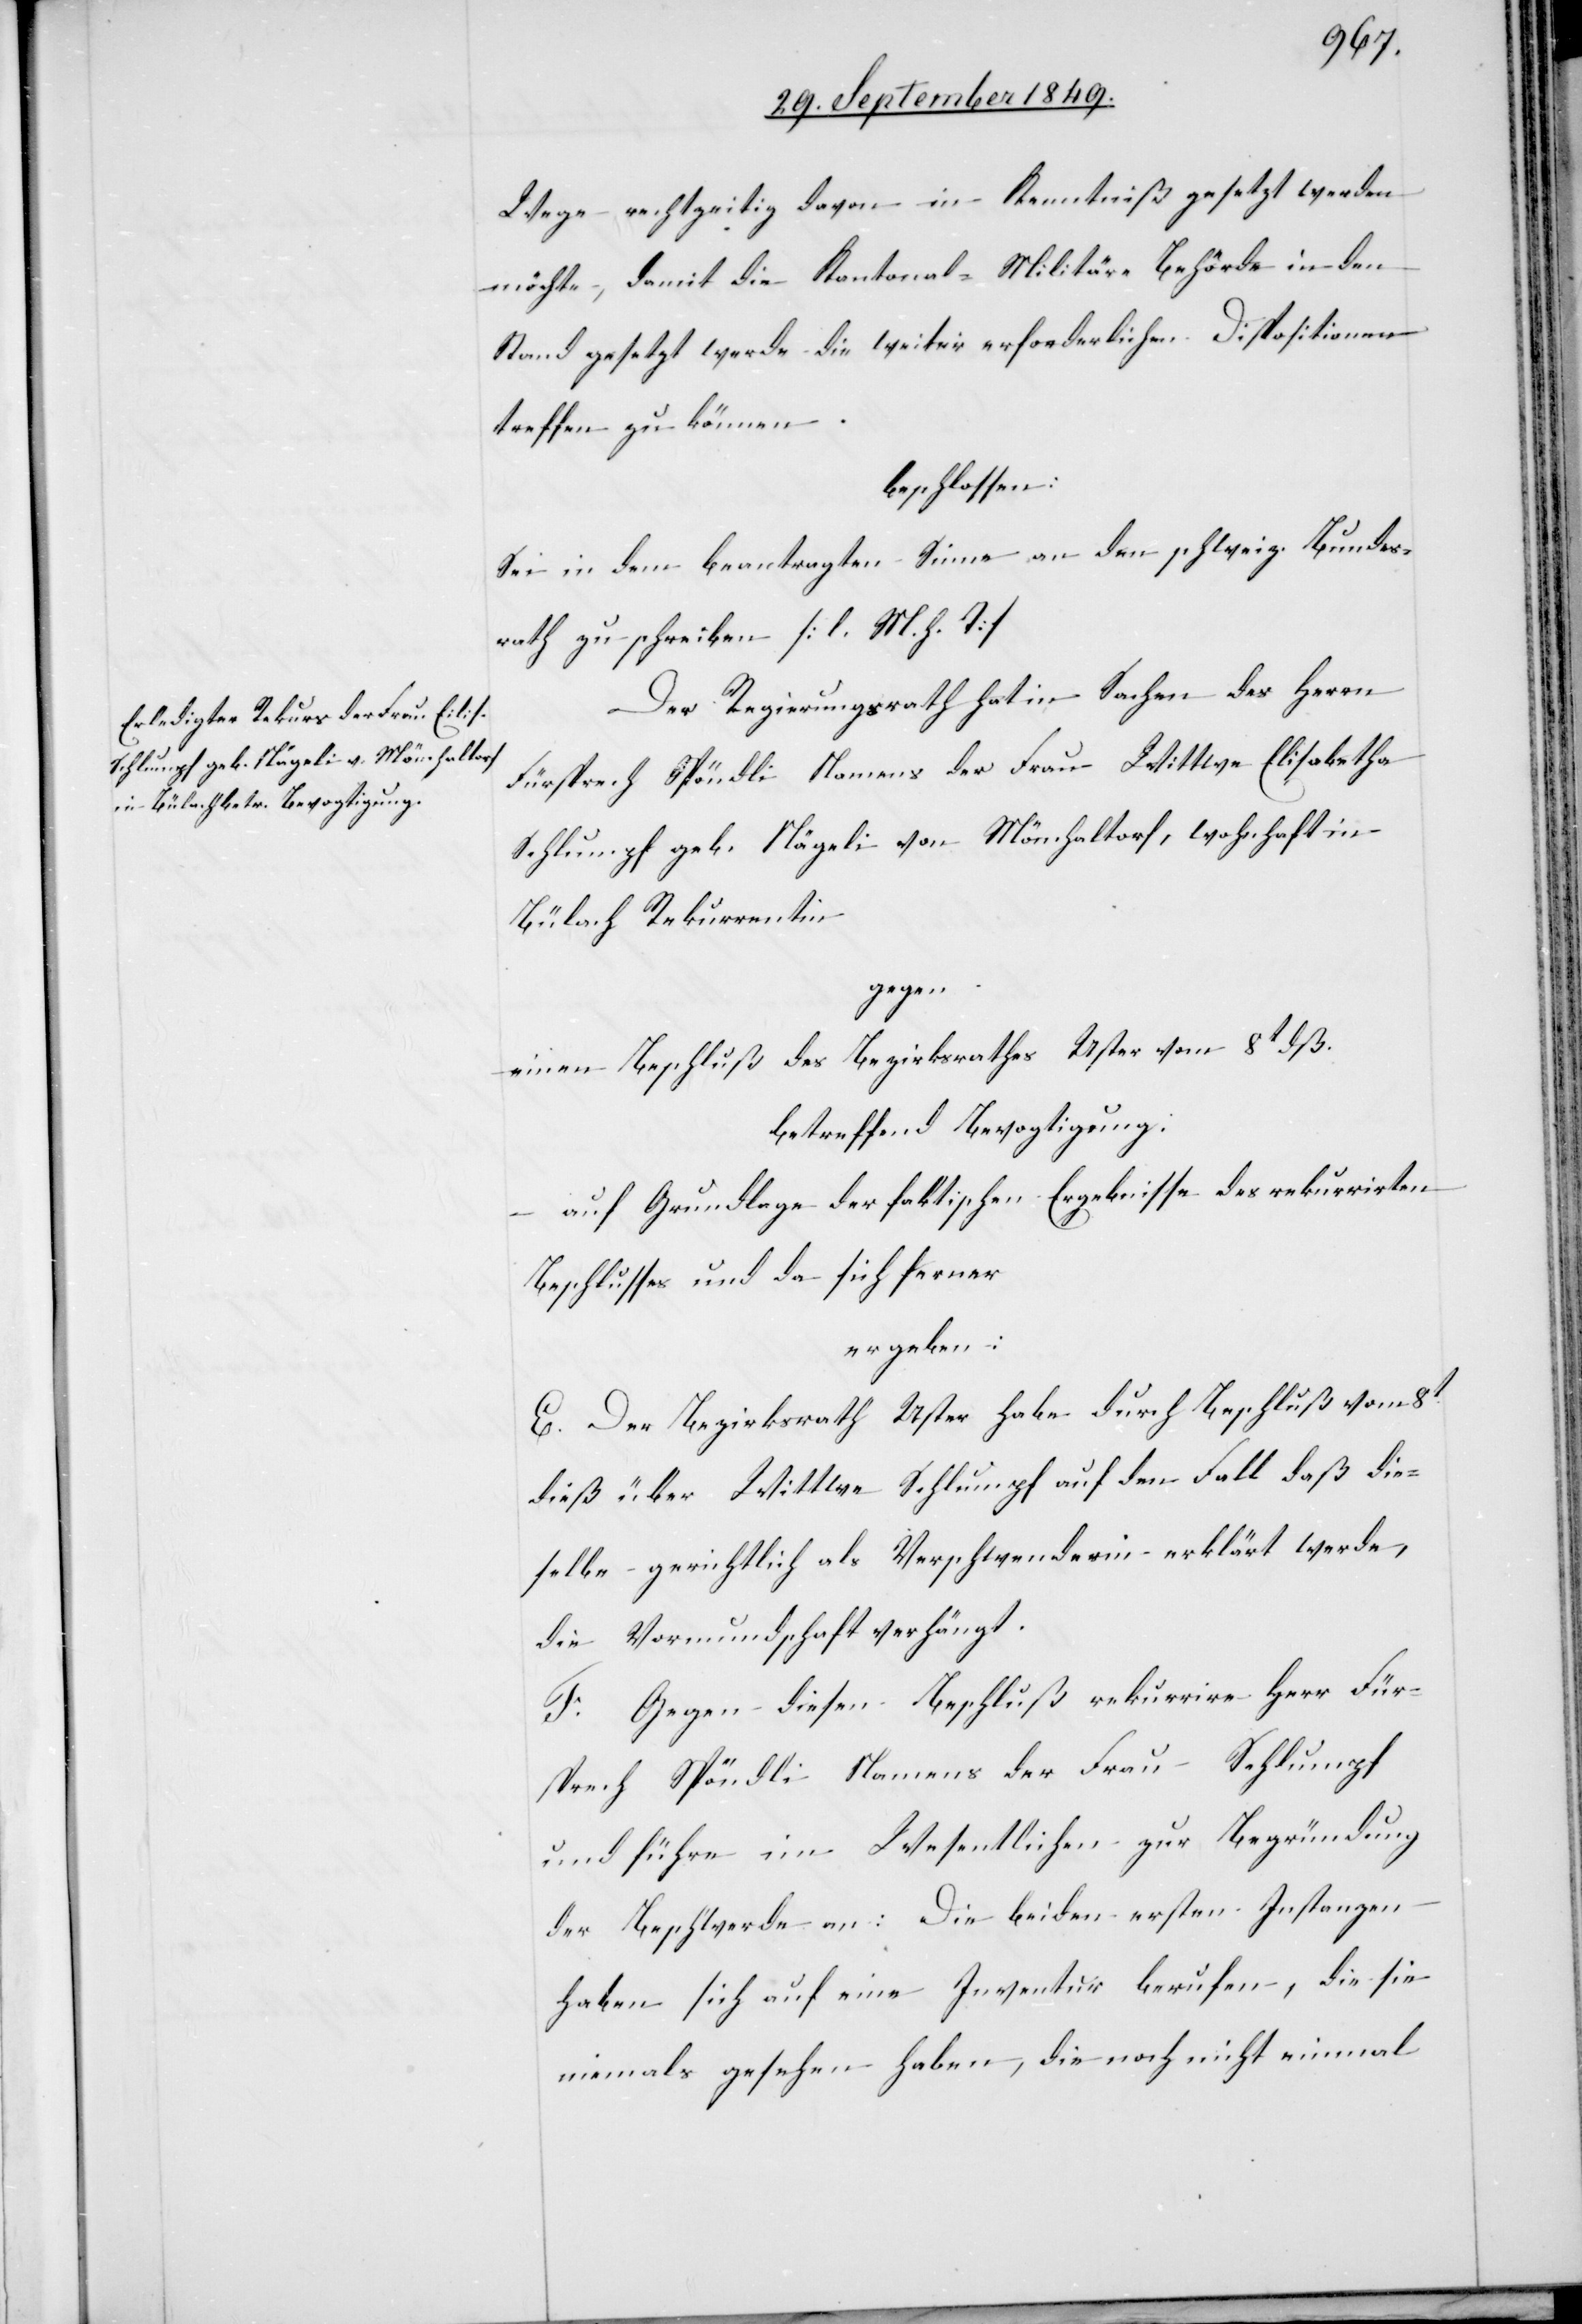
Wege rechtzeitig davon in Kenntniß gesetzte werden
möchte, damit die Kantonal-Militär-Behörde in den
Stand gesetzt werde die weiter erforderlichen Dispositionen
treffen zu können.
beschlossen:
Sei in dem beantragten Sinne an den schweiz. Bundes¬
rath zu schreiben. [l. M. h. T]
Der Regierungsrath hat in Sachen des Herrn
Fürsprech Spöndli Namens der Frau Wittwe Elisabetha
Schlumpf geb. Nägeli von Mönchaltorf, wohnhaft in
Bülach Rekurrentin
gegen
einen Beschluß des Bezirksrathes Uster vom 8t dß.
betreffend Bevogtigung:
auf Grundlage der faktischen Ergebnisse des rekurrirten
Beschlusses und da sich ferner
ergeben:
E. Der Bezirksrath Uster habe durch Beschluß vom 8t
dieß über Wittwe Schlumpf auf den Fall daß die¬
selbe gerichtlich als Verschwenderin erklärt werde,
die Vormundschaft verhängt.
F. Gegen diesen Beschluß rekurrire Herr Für¬
sprech Spöndli Namens der Frau Schlumpf
und führe im Wesentlichen zur Begründung
der Beschwerde an: Die beiden ersten Instanzen
haben sich auf eine Inventur berufen, die sie
niemals gesehen haben, die noch nicht einmal